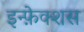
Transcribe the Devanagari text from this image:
इन्फ़ेक्शस